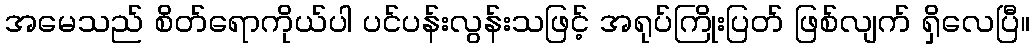
အမေသည် စိတ်ရောကိုယ်ပါ ပင်ပန်းလွန်းသဖြင့် အရုပ်ကြိုးပြတ် ဖြစ်လျက် ရှိလေပြီ။